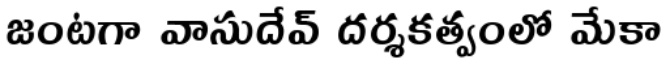
జంటగా వాసుదేవ్ దర్శకత్వంలో మేకా